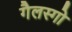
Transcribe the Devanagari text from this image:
गैलस्गो